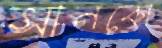
সানকো